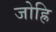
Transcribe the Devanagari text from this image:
जोह्रि